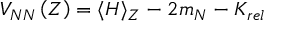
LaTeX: V _ { N N } \left( Z \right) = \langle H \rangle _ { Z } - 2 m _ { N } - K _ { r e l }